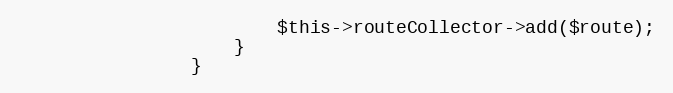
Language: PHP
                        $this->routeCollector->add($route);
                    }
                }